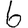
Digit: 6